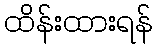
ထိန်းထားရန်